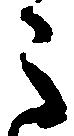
う